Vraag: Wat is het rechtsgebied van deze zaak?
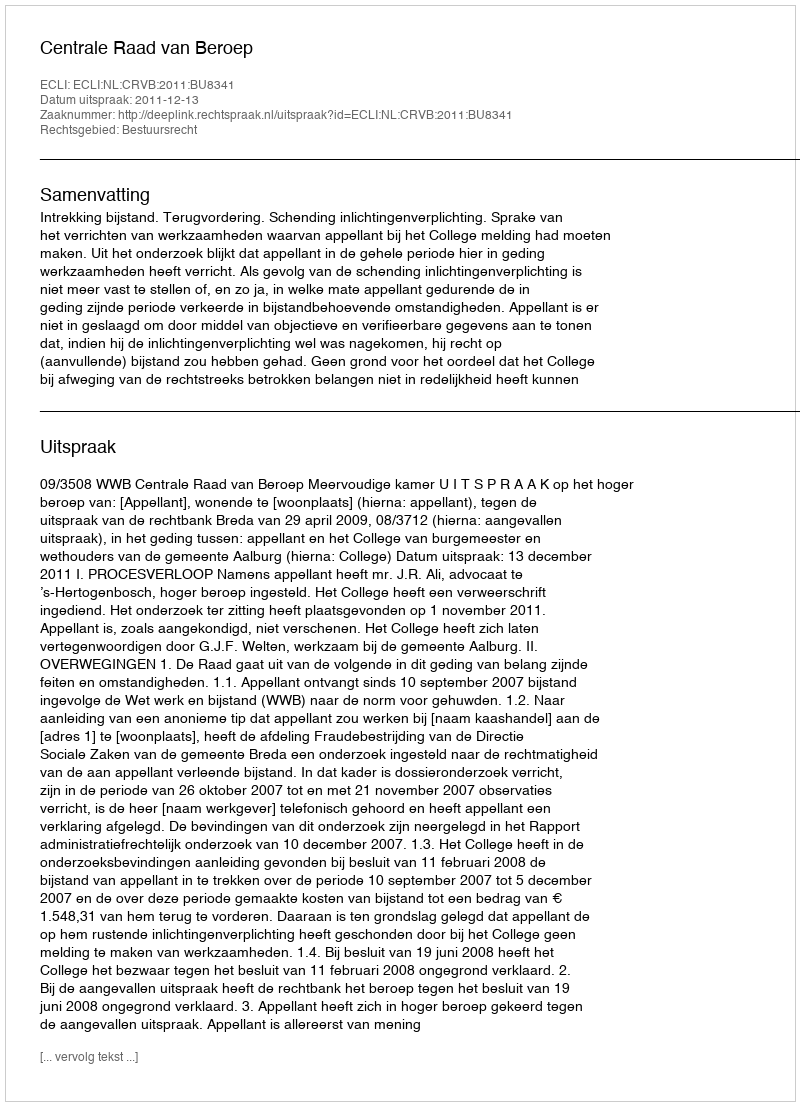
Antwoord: Bestuursrecht